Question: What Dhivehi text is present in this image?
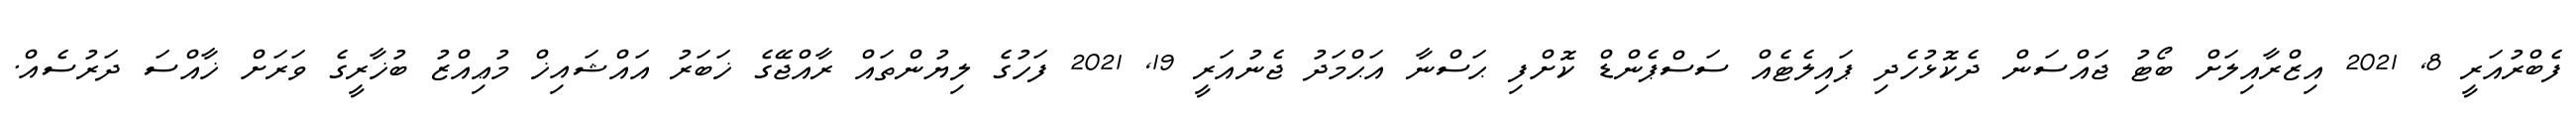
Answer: ފެބްރުއަރީ 8, 2021 އިޒްރާއިލަށް ބޯޓު ޖައްސަން ދެކޮޅުހެދި ޕައިލެޓެއް ސަސްޕެންޑް ކޮށްފި ޙަސްނާ އަޙްމަދު ޖެނުއަރީ 19, 2021 ފަހުގެ ލިޔުންތައް ރާއްޖޭގެ ޚަބަރު އައްޝައިޚް މުޢިއްޒު ބުޚާރީގެ ވަރަށް ޚާއްސަ ދަރުސެއް.